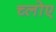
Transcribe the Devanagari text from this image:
च्लोए